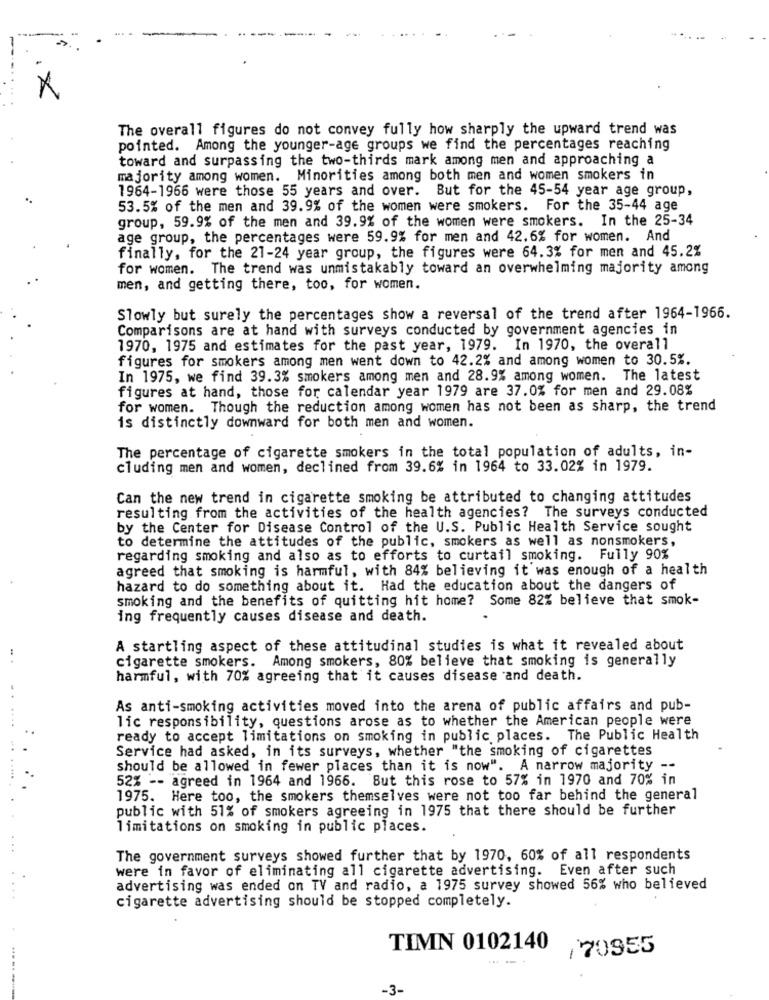
The overall figures do not convey fully how sharply the upward trend was
pointed. Among the younger-age groups we find the percentages reaching
toward and surpassing the two-thirds mark among men and approaching a
majority among women. Minorities among both men and women smokers in
1964-1966 were those 55 years and over. But for the 45-54 year age group,
53.5% of the men and 39.9% of the women were smokers. For the 35-44 age
group, 59.9% of the men and 39.9% of the women were smokers. In the 25-34
age group, the percentages were 59.9% for men and 42.6% for women. And
finally, for the 21-24 year group, the figures were 64.3% for men and 45.2%
for women. The trend was unmistakably toward an overwhelming majority among
men, and getting there, too, for women.
Slowly but surely the percentages show a reversal of the trend after 1964-1966.
Comparisons are at hand with surveys conducted by government agencies in
1970, 1975 and estimates for the past year, 1979. In 1970, the overall
figures for smokers among men went down to 42.2% and among women to 30.5%.
In 1975, we find 39.3% smokers among men and 28.9% among women. The latest
figures at hand, those for calendar year 1979 are 37.0% for men and 29.08%
for women. Though the reduction among women has not been as sharp, the trend
is distinctly downward for both men and women.
The percentage of cigarette smokers in the total population of adults, in-
cluding men and women, declined from 39.6% in 1964 to 33.02% in 1979.
Can the new trend in cigarette smoking be attributed to changing attitudes
resulting from the activities of the health agencies? The surveys conducted
by the Center for Disease Control of the U.S. Public Health Service sought
to determine the attitudes of the public, smokers as well as nonsmokers,
regarding smoking and also as to efforts to curtail smoking. Fully 90%
agreed that smoking is harmful, with 84% believing it was enough of a health
hazard to do something about it. Had the education about the dangers of
smoking and the benefits of quitting hit home? Some 82% believe that smok-
ing frequently causes disease and death.
A startling aspect of these attitudinal studies is what it revealed about
cigarette smokers. Among smokers, 80% believe that smoking is generally
harmful, with 70% agreeing that it causes disease and death.
As anti-smoking activities moved into the arena of public affairs and pub-
lic responsibility, questions arose as to whether the American people were
ready to accept limitations on smoking in public places. The Public Health
Service had asked, in its surveys, whether "the smoking of cigarettes
should be allowed in fewer places than it is now". A narrow majority --
52% -- agreed in 1964 and 1966. But this rose to 57% in 1970 and 70% in
1975. Here too, the smokers themselves were not too far behind the general
public with 51% of smokers agreeing in 1975 that there should be further
limitations on smoking in public places.
The government surveys showed further that by 1970, 60% of all respondents
were in favor of eliminating all cigarette advertising. Even after such
advertising was ended on TV and radio, a 1975 survey showed 56% who believed
cigarette advertising should be stopped completely.
TIMN 0102140
/70955
-3-